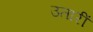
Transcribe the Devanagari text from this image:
उतारीं